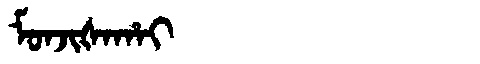
Manchu: ᠮᠣᠨᠵᡳᡧᠠᡥᠠᡳ
Romanization: MONJIŠAHAI